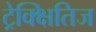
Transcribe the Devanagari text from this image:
ट्रेक्क्षितिज